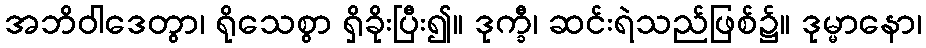
အဘိဝါဒေတွာ၊ ရိုသေစွာ ရှိခိုးပြီး၍။ ဒုက္ခီ၊ ဆင်းရဲသည်ဖြစ်၌။ ဒုမ္မာနော၊